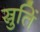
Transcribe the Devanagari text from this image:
स्रुतिं